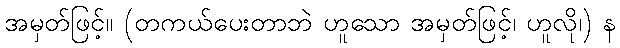
အမှတ်ဖြင့်။ (တကယ်ပေးတာဘဲ ဟူသော အမှတ်ဖြင့်၊ ဟူလို၊) န